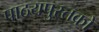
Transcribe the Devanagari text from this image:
पाठयपुस्तकों